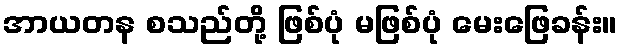
အာယတန စသည်တို့ ဖြစ်ပုံ မဖြစ်ပုံ မေးဖြေခန်း။